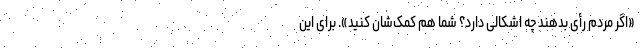
«اگر مردم رأی بدهند چه اشکالی دارد؟ شما هم کمک‌شان کنید». برای این